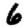
Digit: 6